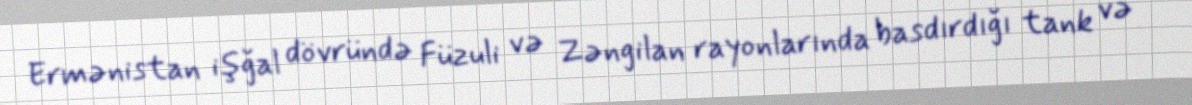
Ermənistan işğal dövründə Füzuli və Zəngilan rayonlarında basdırdığı tank və